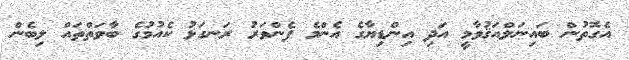
އެގޮތުން ބައިނަލްއަޤުވާމީ އަދި އިންޑިޔާގެ އެންމެ ފެންވަރު ރަނގަޅު ކެއުމުގެ ބާވަތްތައް ލިބެން